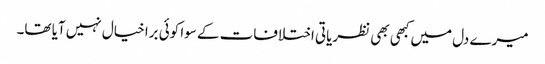
میرے دل میں کبھی بھی نظریاتی اختلافات کے سوا کوئی برا خیال نہیں آیا تھا۔